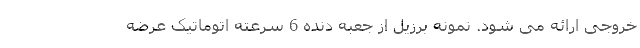
خروجی ارائه می شود. نمونه برزیل از جعبه دنده 6 سرعته اتوماتیک عرضه